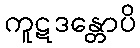
ကူဋဒန္တောပိ